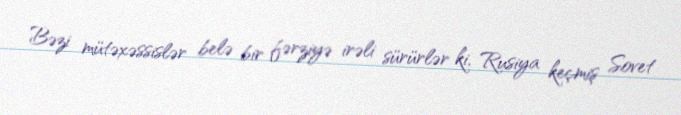
Bəzi mütəxəssislər belə bir fərziyə irəli sürürlər ki, Rusiya keçmiş Sovet